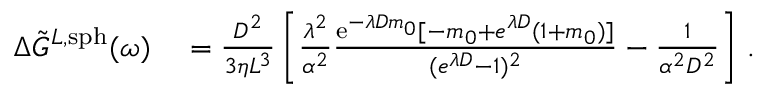
\begin{array} { r l } { \Delta \Tilde { G } ^ { L , \mathrm { s p h } } ( \omega ) } & { { } = \frac { D ^ { 2 } } { 3 \eta L ^ { 3 } } \left[ \frac { \lambda ^ { 2 } } { \alpha ^ { 2 } } \frac { \mathrm { e } ^ { - \lambda D m _ { 0 } } [ - m _ { 0 } + e ^ { \lambda D } ( 1 + m _ { 0 } ) ] } { ( { e } ^ { \lambda D } - 1 ) ^ { 2 } } - \frac { 1 } { \alpha ^ { 2 } D ^ { 2 } } \right] \, . } \end{array}